Vital statistics of India. Vol. IV, Annual returns from 1871 to 1876. British Army of India, Native Army and jails of Bengal
Year: 1871
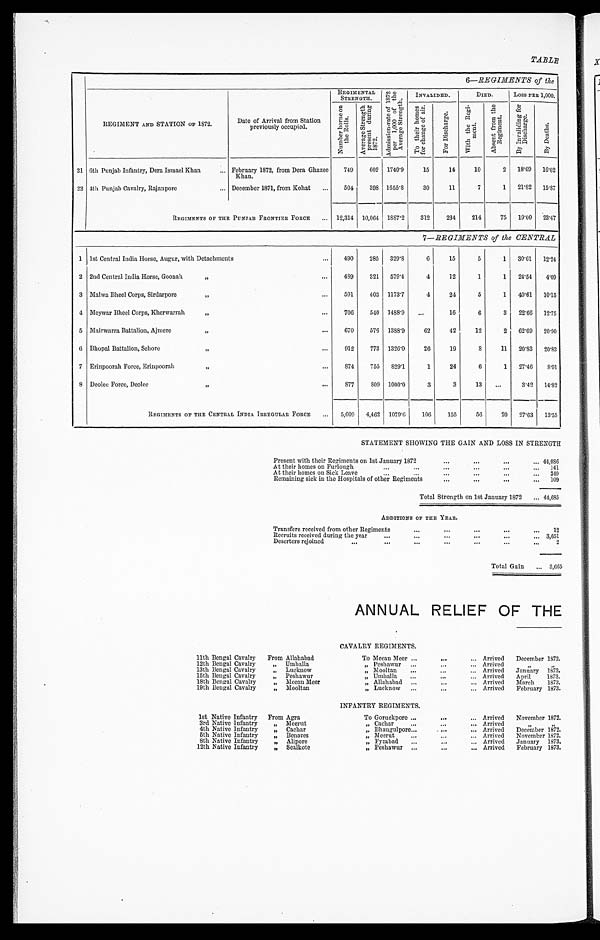
TABLE
6—REGIMENTS of the
REGIMENT AND STATION OF 1872.
Date of Arrival from Station
previously occupied.
REGIMENTAL STRENGTH.
A d m i s s i o n - r a t e o f 1 8 7 2 p e r 1 , 0 0 0 o f t h e A v e r a g e S t r e n g t h .
INVALIDED.
DIED.
Loss PER 1,000.
N u m b e r b o r n e o n t h e R o l l s .
A v e r a g e S t r e n g t h p r e s e n t d u r i n g 1 8 7 2 .
T o t h e i r h o m e s f o r c h a n g e o f a i r .
F o r D i s c h a r g e .
Wi t h t h e R e g i - m e n t .
A b s e n t f r o m t h e R e g i m e n t .
B y I n v a l i d i n g f o r D i s c h a r g e .
B y D e a t h s .
21 6th Punjab Infantry, Dera Ismael Khan . . . February 1872, from Dera Ghazee
Khan.
749
602
1740.9
15
14
10
2
18.69
16.02
22 4th Punjab Cavalry, Rajanpore . . . December 1871, from Kohat . . .
504
398 1655.8
30
11
7
1
21.82
15.87
REGIMENTS OF THE PUNJAB FRONTIER FORCE
12,314
10,064 1887.2
312
234
214
75
19.00
23.47
7— REGIMENTS of the CENTRAL
1
1st Central India Horse, Augur, with Detachments . . .
490
285
329.8
6
15
5
1
30.61
12.24
2 2nd Central India Horse, Goonah " . . .
489
321
579.4
4
12
1
1
24.54
4.09
3 Malwa Bheel Corps, Sirdarpore " . . .
591
403
1173.7
4
24
5
1
40.61
10.15
4 Meywar Bheel Corps, Kherwarrah " . . .
706
540
1488.9
. . .
16
6
3
22.66
12.75
5 Mairwarra Battalion, Ajmere " . . .
670
576
1388.9
62
42
12
2
62.69
20.90
6 Bhopal Battalion, Sehore " . . .
912
773
1326.0
26
19
8
11
20.83
20.83
7 Erinpoorah Force, Erinpoorah " . . .
874
755
829.1
1
24
6
1
27.46
8.01
8 Deolee Force, Deolee " . . .
877
809
1000.0
3
3
13
. . .
3.42
14.82
REGIMENTS OF THE CENTRAL INDIA IRREGULAR FORCE . . .
5,609
4,462
1079.6
106
155
56
20
27.63
13.55
STATEMENT SHOWING THE GAIN AND LOSS IN STRENGTH
P r e s e n t w i t h t h e i r R e g i m e n t s o n 1 s t J a n u a r y 1 8 7 2 . . .
44,086
A t t h e i r h o m e s o n F u r l o u g h . . .
141
A t t h e i r h o m e s o n S i c k L e a v e . . .
3 4 9
Remaining sick in the Hospitals of other Regiments . . .
109
Total Strength on 1st January 1872 . . . 44,685
ADDITIONS OF THE YEAR.
Transfers received from other Regiments . . .
12
Recruits received during the year . . . 3,651
Deserters rejoined . . .
2
Total Gain . . . 3,665
ANNUAL RELIEF OF THE
CAVALRY REGIMENTS.
11th Bengal Cavalry
From Allahabad
To Meean Meer . . .
Arrived
December 1872.
12th Bengal Cavalry
" Umballa
" Peshawur . . .
Arrived
"
"
13th Bengal Cavalry
" Lucknow
" Mooltan . . .
Arrived
January
1873.
15th Bengal Cavalry
" Peshawur
" Umballa . . .
Arrived
April
1873.
18th Bengal Cavalry
" Meean Meer
" Allahabad . . .
Arrived
March
1873.
19th Bengal Cavalry
" Mooltan
" Lucknow . . .
Arrived
February 1873.
INFANTRY REGIMENTS.
1st Native Infantry
From Agra
To Goruckpore . . . Arrived
November 1872.
3rd Native Infantry
" Meerut
" Cachar . . . Arrived
"
"
4th Native Infantry
" Cachar
" Bhaugulpore . . . Arrived
December 1872.
5th Native Infantry
" Benares
" Meerut . . . Arrived
November 1872.
8th Native Infantry
" Alipore
" Fyzabad . . . Arrived
January
1873.
12th Native Infantry
" Sealkote
" Peshawur . . . Arrived
February 1873.